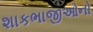
શાકભાજીઓનો